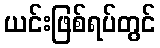
ယင်းဖြစ်ရပ်တွင်